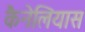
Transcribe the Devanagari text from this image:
कैनेलियास